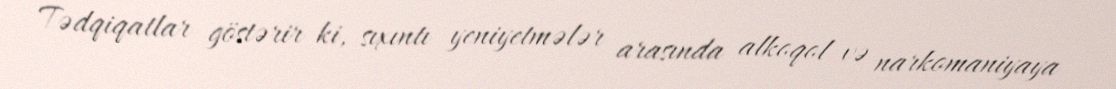
Tədqiqatlar göstərir ki, sıxıntı yeniyetmələr arasında alkoqol və narkomaniyaya